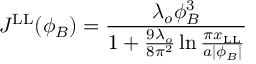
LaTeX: J ^ { \mathrm { L L } } ( \phi _ { B } ) = { \frac { \lambda _ { o } \phi _ { B } ^ { 3 } } { 1 + { \frac { 9 \lambda _ { o } } { 8 \pi ^ { 2 } } } \ln { \frac { \pi x _ { \mathrm { L L } } } { a | \phi _ { B } | } } } }